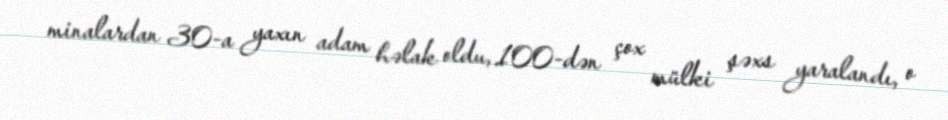
minalardan 30-a yaxın adam həlak oldu, 100-dən çox mülki şəxs yaralandı, o